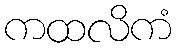
ကထလိကံ